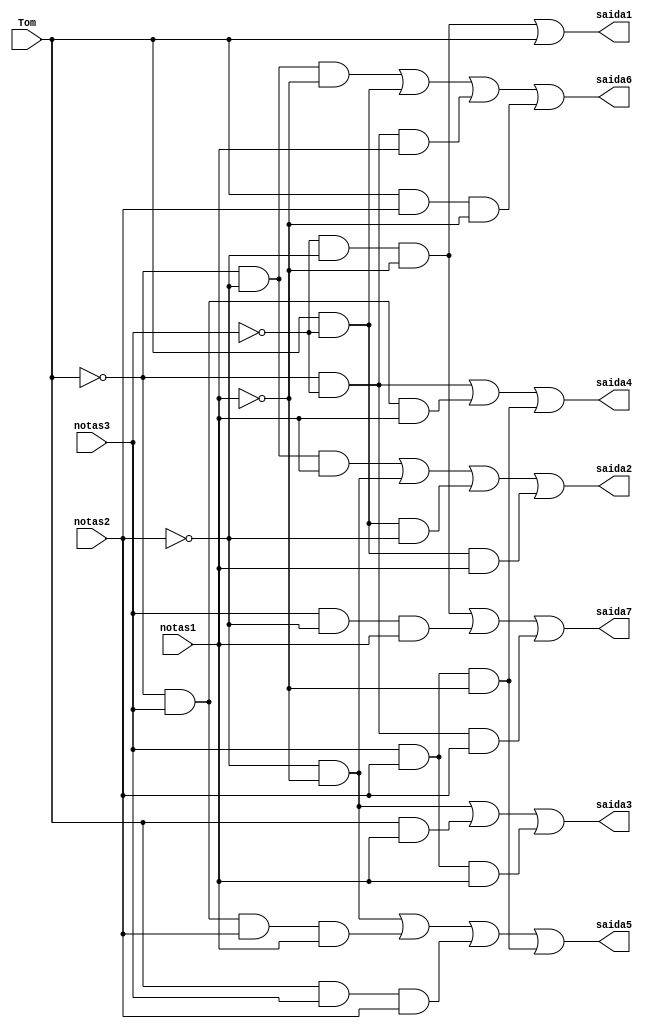
module Alfa_desc(Tom, notas1, notas2, notas3, saida1, saida2, saida3, saida4, saida5, saida6, saida7);
    input wire  Tom;
    input wire notas1, notas2, notas3; // B, C e D
    output reg saida1, saida2, saida3, saida4, saida5, saida6, saida7;

    always @ ( * ) begin
        saida1 = (~notas3 & ~notas2 & ~notas1) | Tom;
        saida2 = (~Tom & ~notas2 & notas1) | (~notas2 & ~notas1) | (Tom & ~notas3 & ~notas2) | (Tom & ~notas3 & notas1);
        saida3 = (~notas2 & ~notas1) | (Tom & notas1) | (notas3 & notas2 & notas1);
        saida4 = (~Tom & ~notas3) | (~Tom & notas3 & notas1) | (notas3 & notas2 & ~notas1);
        saida5 = (~notas2 & ~notas1) | (~Tom & notas3 & notas2 & notas1) | (Tom & notas3 & notas2) | (notas3 & notas2 & ~notas1);
        saida6 = (~Tom & ~notas2 & ~notas1) | (Tom & ~notas3) | (~Tom & ~notas3 & notas1) | (Tom & notas2 & ~notas1);
        saida7 = (~notas3 & ~notas2 & ~notas1) | (notas3 & ~notas2 & notas1) | (~Tom & ~notas3 & notas2);
    end
endmodule